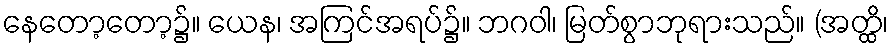
နေတော့တော့၌။ ယေန၊ အကြင်အရပ်၌။ ဘဂဝါ၊ မြတ်စွာဘုရားသည်။ (အတ္ထိ၊